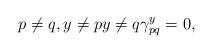
LaTeX: \begin{gather*}p\neq q,y\neq py\neq q\gamma_{pq}^y=0,\end{gather*}